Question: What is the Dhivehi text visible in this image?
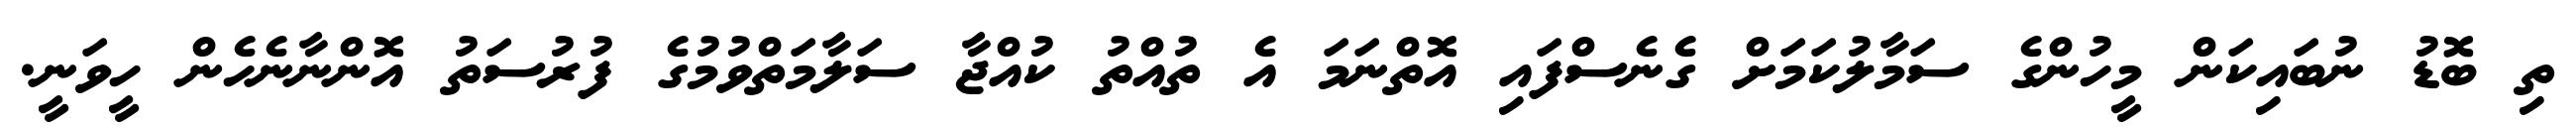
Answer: ތި ބޮޑު ނުބައިކަން މީހުންގެ ސަމާލުކަމަށް ގެނެސްފައި އޮތްނަމަ އެ ތުއްތު ކުއްޖާ ސަލާމަތްވުމުގެ ފުރުސަތު އޮންނާނެހެން ހީވަނީ.